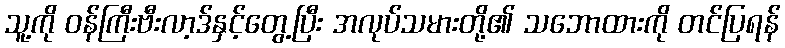
သူ့ကို ဝန်ကြီးဗီးလာ့ဒ်နှင့်တွေ့ပြီး အလုပ်သမားတို့၏ သဘောထားကို တင်ပြရန်